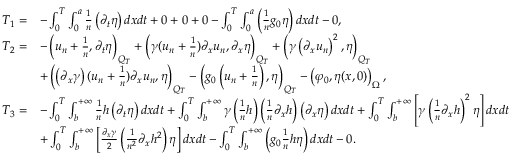
\begin{array} { r l } { T _ { 1 } = } & { - \int _ { 0 } ^ { T } \int _ { 0 } ^ { a } \frac { 1 } { n } \left( \partial _ { t } \eta \right) d x d t + 0 + 0 + 0 - \int _ { 0 } ^ { T } \int _ { 0 } ^ { a } \left( \frac { 1 } { n } g _ { 0 } \eta \right) d x d t - 0 , } \\ { T _ { 2 } = } & { - \left( u _ { n } + \frac { 1 } { n } , \partial _ { t } \eta \right) _ { Q _ { T } } + \left( \gamma ( u _ { n } + \frac { 1 } { n } ) \partial _ { x } u _ { n } , \partial _ { x } \eta \right) _ { Q _ { T } } + \left( \gamma \left( \partial _ { x } u _ { n } \right) ^ { 2 } , \eta \right) _ { Q _ { T } } } \\ & { + \left( \left( \partial _ { x } \gamma \right) ( u _ { n } + \frac { 1 } { n } ) \partial _ { x } u _ { n } , \eta \right) _ { Q _ { T } } - \left( g _ { 0 } \left( u _ { n } + \frac { 1 } { n } \right) , \eta \right) _ { Q _ { T } } - \left( \varphi _ { 0 } , \eta ( x , 0 ) \right) _ { \Omega } , } \\ { T _ { 3 } = } & { - \int _ { 0 } ^ { T } \int _ { b } ^ { + \infty } \frac { 1 } { n } h \left( \partial _ { t } \eta \right) d x d t + \int _ { 0 } ^ { T } \int _ { b } ^ { + \infty } \gamma \left( \frac { 1 } { n } h \right) \left( \frac { 1 } { n } \partial _ { x } h \right) \left( \partial _ { x } \eta \right) d x d t + \int _ { 0 } ^ { T } \int _ { b } ^ { + \infty } \left[ \gamma \left( \frac { 1 } { n } \partial _ { x } h \right) ^ { 2 } \eta \right] d x d t } \\ & { + \int _ { 0 } ^ { T } \int _ { b } ^ { + \infty } \left[ \frac { \partial _ { x } \gamma } { 2 } \left( \frac { 1 } { n ^ { 2 } } \partial _ { x } h ^ { 2 } \right) \eta \right] d x d t - \int _ { 0 } ^ { T } \int _ { b } ^ { + \infty } \left( g _ { 0 } \frac { 1 } { n } h \eta \right) d x d t - 0 . } \end{array}